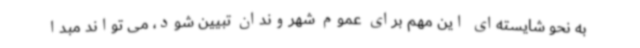
به نحو شایسته‌ای این مهم برای عموم شهروندان تبیین شود، می تواند مبدا